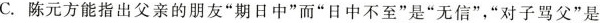
C.陈元方能指出父亲的朋友”期日中”而”日中不至”是”无信”，”对子骂父”是